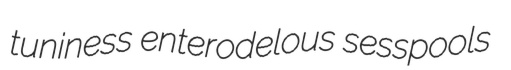
tuniness enterodelous sesspools